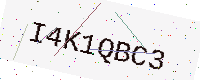
Text: I4K1QBC3